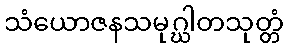
သံယောဇနသမုဂ္ဃါတသုတ္တံ